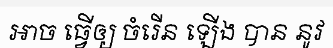
ឤច ធ្វើឲ្យ ចំរើន ឡើង បាន នូវ